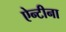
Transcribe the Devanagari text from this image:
ऐन्टीना